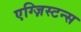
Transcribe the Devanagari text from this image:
एग्ज़िस्टन्स